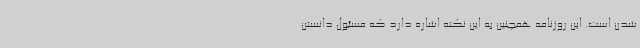
شدن است. این روزنامه همچنین به این نکته اشاره دارد که مسئول دانستن